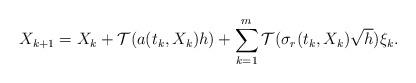
LaTeX: \begin{align*} X_{k+1} =X_k + \mathcal{T}(a(t_k,X_k)h) +\sum_{k=1}^m \mathcal{T}(\sigma_r(t_k,X_k)\sqrt{h})\xi_k. \end{align*}